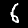
Label: 6